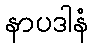
နာပဒါနံ